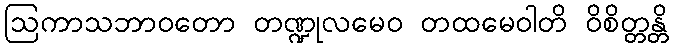
ဩကာသဘာဝတော တဏ္ဍုလမေဝ တထမေဝါတိ ဝိစိတ္တန္တိ